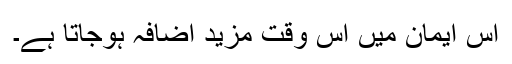
اس ایمان میں اس وقت مزید اضافہ ہوجاتا ہے۔